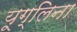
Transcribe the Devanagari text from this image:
यूग्लिना